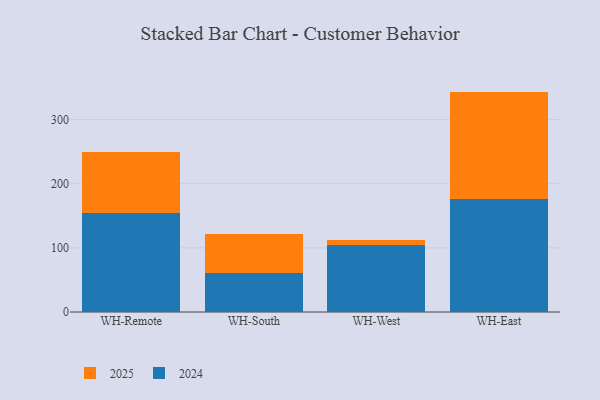
{"axis": {"x": "Warehouse", "y": "Humidity (%)"}, "legend": ["2024", "2025"], "data": [{"x": "WH-Remote", "y": 154.8, "type": "2024"}, {"x": "WH-Remote", "y": 94.2, "type": "2025"}, {"x": "WH-South", "y": 61.5, "type": "2024"}, {"x": "WH-South", "y": 60.9, "type": "2025"}, {"x": "WH-West", "y": 104.0, "type": "2024"}, {"x": "WH-West", "y": 7.9, "type": "2025"}, {"x": "WH-East", "y": 176.5, "type": "2024"}, {"x": "WH-East", "y": 167.2, "type": "2025"}]}